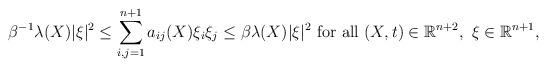
LaTeX: \begin{align*}\beta^{-1}\lambda(X)|\xi|^2\leq \sum_{i,j=1}^{n+1}a_{ij}(X)\xi_i\xi_j\leq\beta\lambda(X)|\xi|^2\mbox{ for all }(X,t)\in\mathbb R^{n+2},\ \xi\in\mathbb R^{n+1},\end{align*}